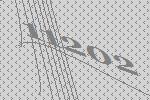
11202